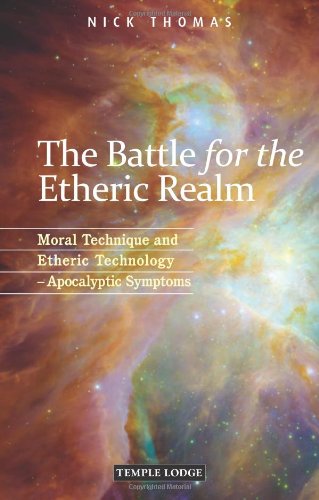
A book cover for The Battle for the Etheric Realm: Moral Technique and Etheric Technology - Apocalyptic Symptoms; Nick Thomas; Religion & Spirituality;